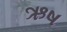
ઋષ